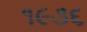
૧૯૩૬